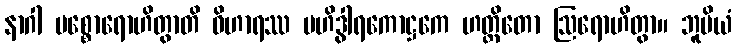
နာဂါ ပစ္စောရောဟိတွာတိ ဝိဟာရဿ ဗဟိဒွါရကောဋ္ဌကေ ဟတ္ထိတော ဩရောဟိတွာ။ ဘူမိယံ